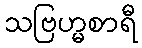
သဗြဟ္မစာရီ